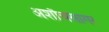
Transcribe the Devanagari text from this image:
अशौचसागर